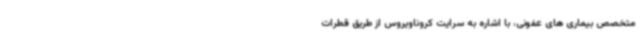
متخصص بیماری های عفونی، با اشاره به سرایت کروناویروس از طریق قطرات